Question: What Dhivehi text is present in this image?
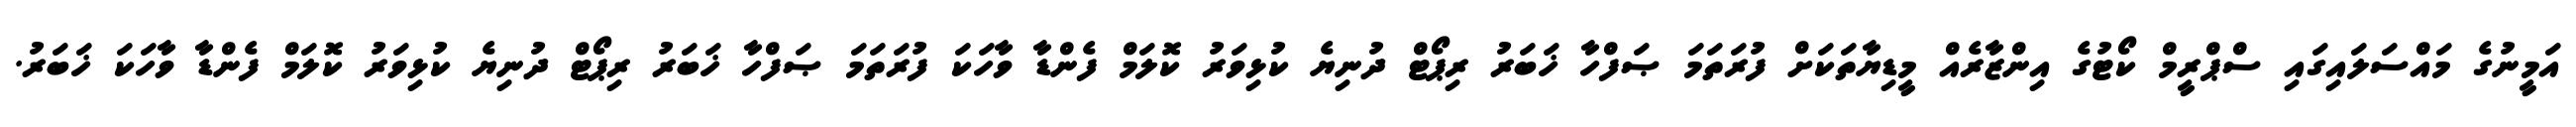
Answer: އަމީނުގެ މައްސަލައިގައި ސްޕްރީމް ކޯޓުގެ އިންޒާރެއް މީޑިޔާތަކަށް ފުރަތަމަ ޞަފްހާ ޚަބަރު ރިޕޯޓް ދުނިޔެ ކުޅިވަރު ކޮލަމް ފެންޑާ ވާހަކަ ފުރަތަމަ ޞަފްހާ ޚަބަރު ރިޕޯޓް ދުނިޔެ ކުޅިވަރު ކޮލަމް ފެންޑާ ވާހަކަ ޚަބަރު.